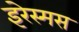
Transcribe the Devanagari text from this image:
इरेस्मस